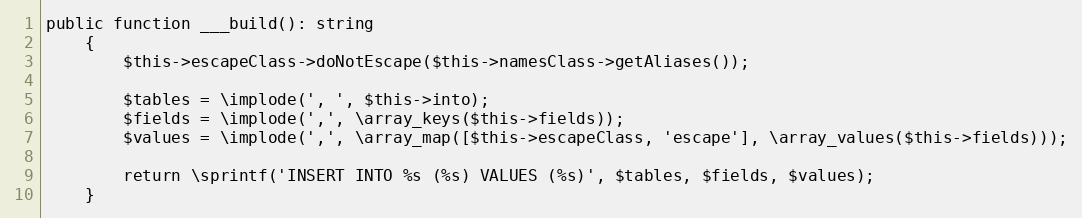
Language: PHP
public function ___build(): string
    {
        $this->escapeClass->doNotEscape($this->namesClass->getAliases());

        $tables = \implode(', ', $this->into);
        $fields = \implode(',', \array_keys($this->fields));
        $values = \implode(',', \array_map([$this->escapeClass, 'escape'], \array_values($this->fields)));

        return \sprintf('INSERT INTO %s (%s) VALUES (%s)', $tables, $fields, $values);
    }